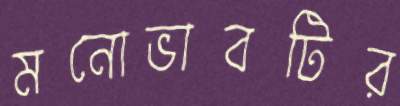
মনোভাবটির